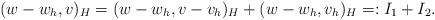
LaTeX: \begin{align*}(w-w_h,v)_H = (w-w_h,v-v_h)_H + (w-w_h,v_h)_H =: I_1 + I_2.\end{align*}